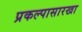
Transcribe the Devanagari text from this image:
प्रकल्पासारखा